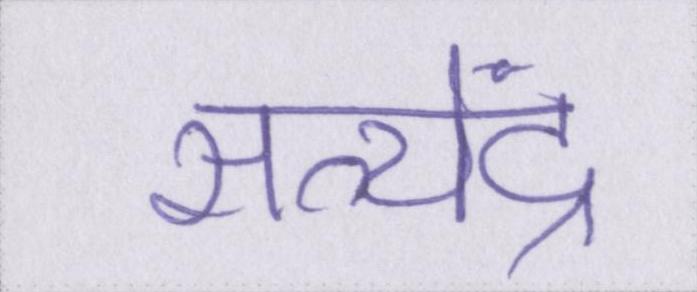
सत्येंद्र